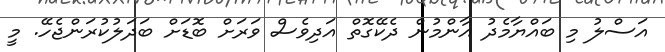
އަސްލު މި ބައްޔާމެދު އާންމުން ދެކޭގޮތް އަދިވެސް ވަރަށް ބޮޑަށް ބަދަލުކުރަންޖެހޭ. މީ